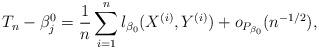
LaTeX: \begin{align*}T_n - \beta_j^0 = \frac{1}{n} \sum_{i=1}^n l_{\beta_0} (X^{(i)}, Y^{(i)}) + o_{P_{\beta_0}}(n^{-1/2}),\end{align*}